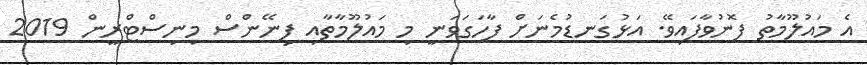
އެ މައުލޫމާތު ފޮނުވާފައިވޭ. އަޅުގަނޑުމެނަށް ފާހަގަވަނީ މި މައުލޫމާތާއި ފިނޭންސް މިނިސްޓްރީން 2019